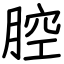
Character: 腔